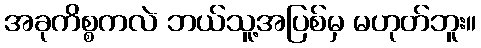
အခုကိစ္စကလဲ ဘယ်သူ့အပြစ်မှ မဟုတ်ဘူး။